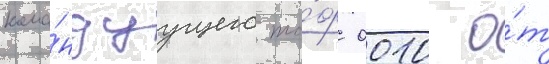
кома́ндуущего то́ф 0010 о́т